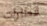
قطارات